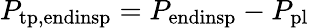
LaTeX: P_{\mathrm{tp,endinsp}}=P_{\mathrm{endinsp}}-P_{\mathrm{pl}}